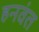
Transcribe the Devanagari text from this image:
हनवंत